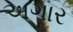
અગાર